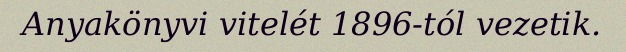
Anyakönyvi vitelét 1896-tól vezetik.